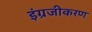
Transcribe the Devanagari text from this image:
इंग्रजीकरण